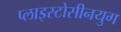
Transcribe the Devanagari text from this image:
प्लाइस्टोसीनयुग